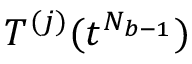
T ^ { ( j ) } ( t ^ { N _ { b - 1 } } )